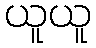
ယူယူ